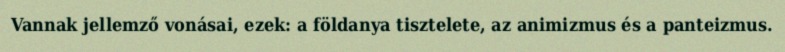
Vannak jellemző vonásai, ezek: a földanya tisztelete, az animizmus és a panteizmus.